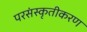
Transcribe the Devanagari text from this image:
परसंस्कृतीकरण